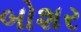
બોશર